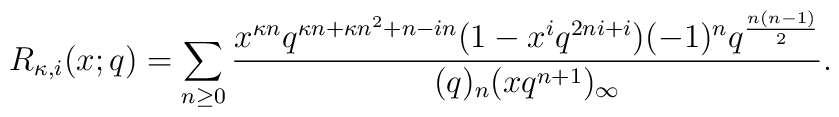
R_{\kappa,i}(x;q)=\sum_{n\geq0}    \frac{x^{\kappa n}q^{\kappa n+\kappa n^2+n-in}(1-x^iq^{2ni+i})      (-1)^nq^{\frac{n(n-1)}{2}}}{(q)_n(xq^{n+1})_{\infty}}.